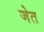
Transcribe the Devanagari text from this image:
जेत